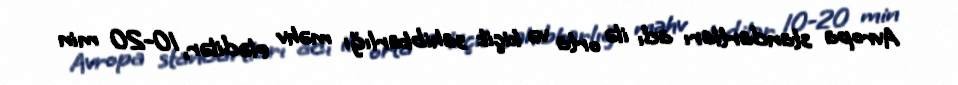
Avropa standartları adı ilə orta və kiçik sahibkarlığı məhv elədilər, 10-20 min